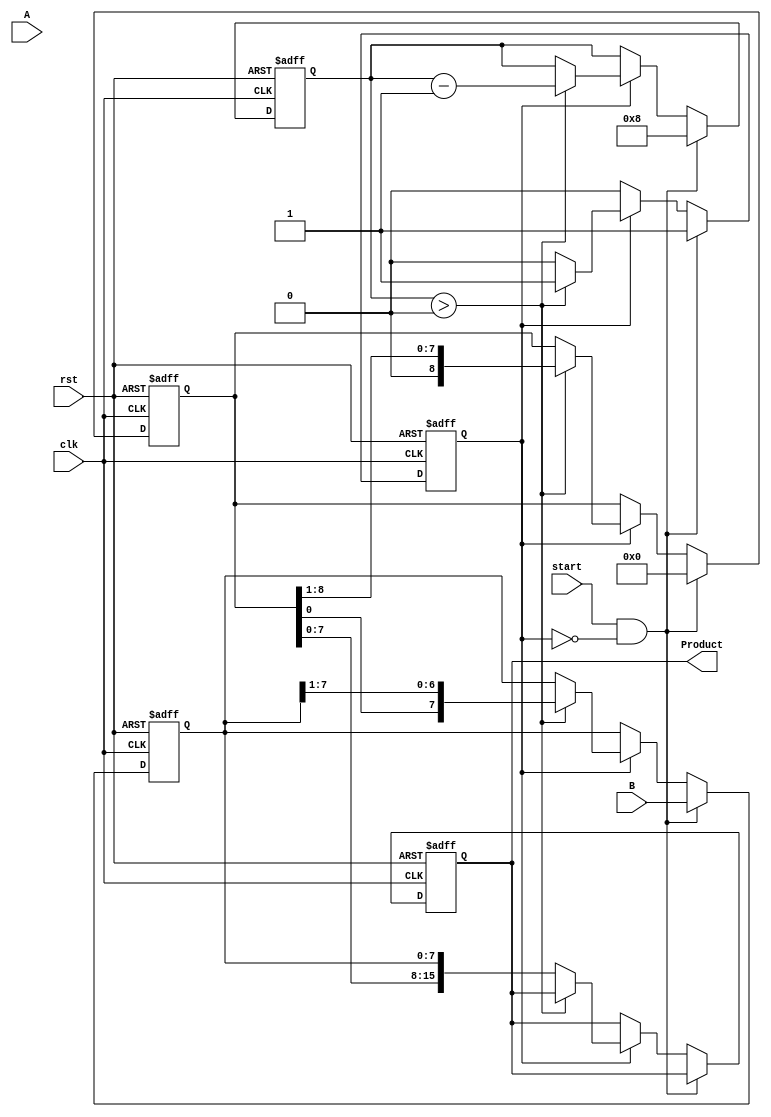
module booth_multiplier #(parameter n = 8) (
    input [n-1:0] A,      // Multiplicand
    input [n-1:0] B,      // Multiplier
    input start,          // Control signal to start multiplication
    input clk,            // Clock signal
    input rst,            // Reset signal
    output reg [2*n-1:0] Product // Product output
);

    reg [n-1:0] M;        // Multiplicand register
    reg [n-1:0] Q;        // Multiplier register
    reg [n:0] A_reg;      // Accumulator register
    reg Q_1;              // Previous Q bit
    reg [3:0] count;      // Iteration counter
    reg busy;             // Busy flag for multiplication process

    // State machine for Booth's algorithm
    always @(posedge clk or posedge rst) begin
        if (rst) begin
            // Reset all registers and outputs
            M <= 0;
            Q <= 0;
            A_reg <= 0;
            Q_1 <= 0;
            Product <= 0;
            count <= 0;
            busy <= 0;
        end else if (start && !busy) begin
            // Initialize registers
            M <= A;               // Load multiplicand
            Q <= B;               // Load multiplier
            A_reg <= 0;           // Clear accumulator
            Q_1 <= 0;             // Clear previous Q bit
            count <= n;           // Set count for n iterations
            busy <= 1;            // Set busy flag
        end else if (busy) begin
            if (count > 0) begin
                // Check last two bits of Q and Q_1
                case ({Q[0], Q_1})
                    2'b01: A_reg <= A_reg + M; // Add M to A_reg
                    2'b10: A_reg <= A_reg - M; // Subtract M from A_reg
                    default: ;                 // Do nothing for 00 or 11
                endcase

                // Arithmetic right shift
                {A_reg, Q} <= {A_reg, Q} >> 1;
                Q_1 <= Q[0]; // Update Q_1 with the previous Q[0]
                count <= count - 1; // Decrement count
            end else begin
                // Multiplication complete, store result
                Product <= {A_reg, Q}; // Combine A_reg and Q for final product
                busy <= 0; // Clear busy flag
            end
        end
    end
endmodule